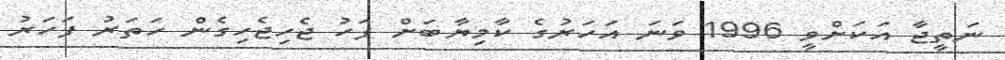
ނަތީޖާ އަކަށްވީ 1996 ވަނަ އަހަރުގެ ކާމިޔާބަށް ފަހު ޖެހިޖެހިގެން ހަތަރު ފަހަރު